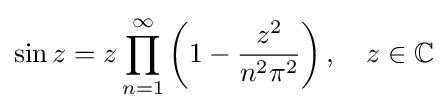
\sin z=z\prod _{n=1}^{\infty }\left(1-{\frac {z^{2}}{n^{2}\pi ^{2}}}\right),\quad z\in \mathbb {C}